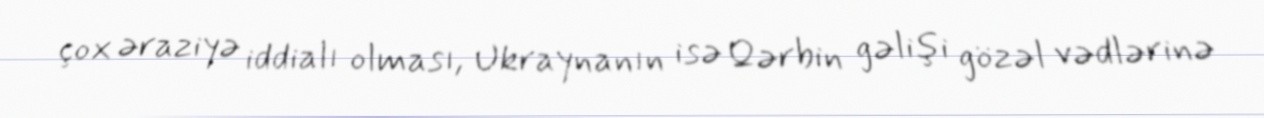
çox əraziyə iddialı olması, Ukraynanın isə Qərbin gəlişi gözəl vədlərinə